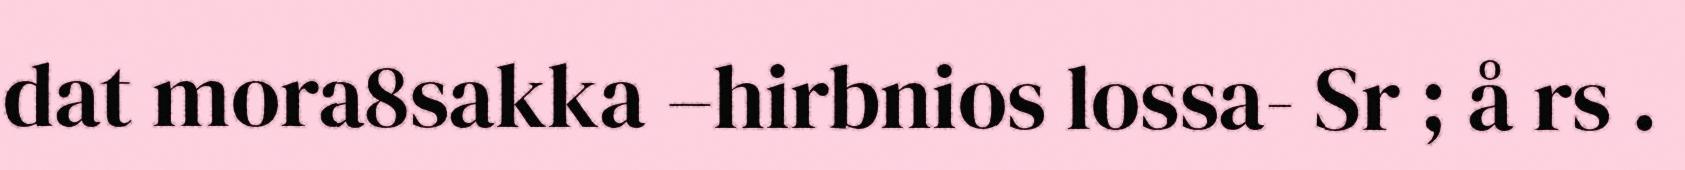
dat mora8sakka –hirbnios lossa- Sr ; å rs .